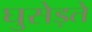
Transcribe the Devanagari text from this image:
घुसेड़ते